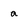
Character: a